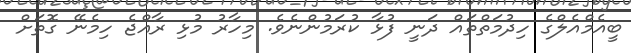
ބީއެމްއެލްގެ ހިދުމަތްތައް ދަނީ ފުޅާ ކުރަމުންނެވެ. މިހާރު މުޅި ރާއްޖެ ހިމެނޭ ގޮތަށް